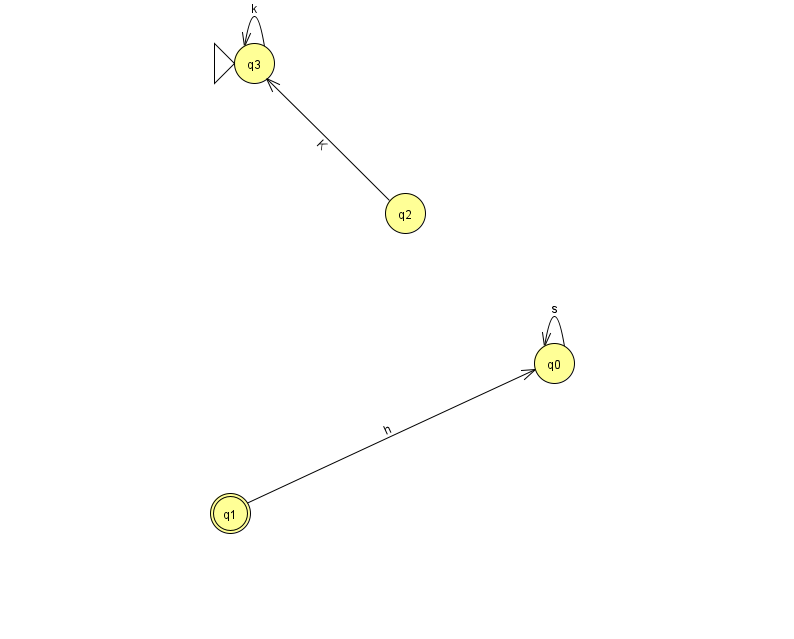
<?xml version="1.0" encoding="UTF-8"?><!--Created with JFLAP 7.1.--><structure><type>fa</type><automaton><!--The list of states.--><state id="0" name="q0"><x>554.0</x><y>350.0</y></state><state id="1" name="q1"><x>230.0</x><y>500.0</y><final/></state><state id="2" name="q2"><x>405.0</x><y>200.0</y></state><state id="3" name="q3"><x>254.0</x><y>50.0</y><initial/></state><!--The list of transitions.--><transition><from>0</from><to>0</to><read>s</read></transition><transition><from>1</from><to>0</to><read>h</read></transition><transition><from>3</from><to>3</to><read>k</read></transition><transition><from>2</from><to>3</to><read>K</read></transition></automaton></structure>